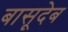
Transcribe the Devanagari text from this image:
बासूदेब